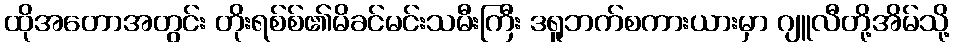
ထိုအတောအတွင်း တိုးရစ်စ်၏မိခင်မင်းသမီးကြီး ဒရူဘက်စကားယားမှာ ဂျူလီတို့အိမ်သို့